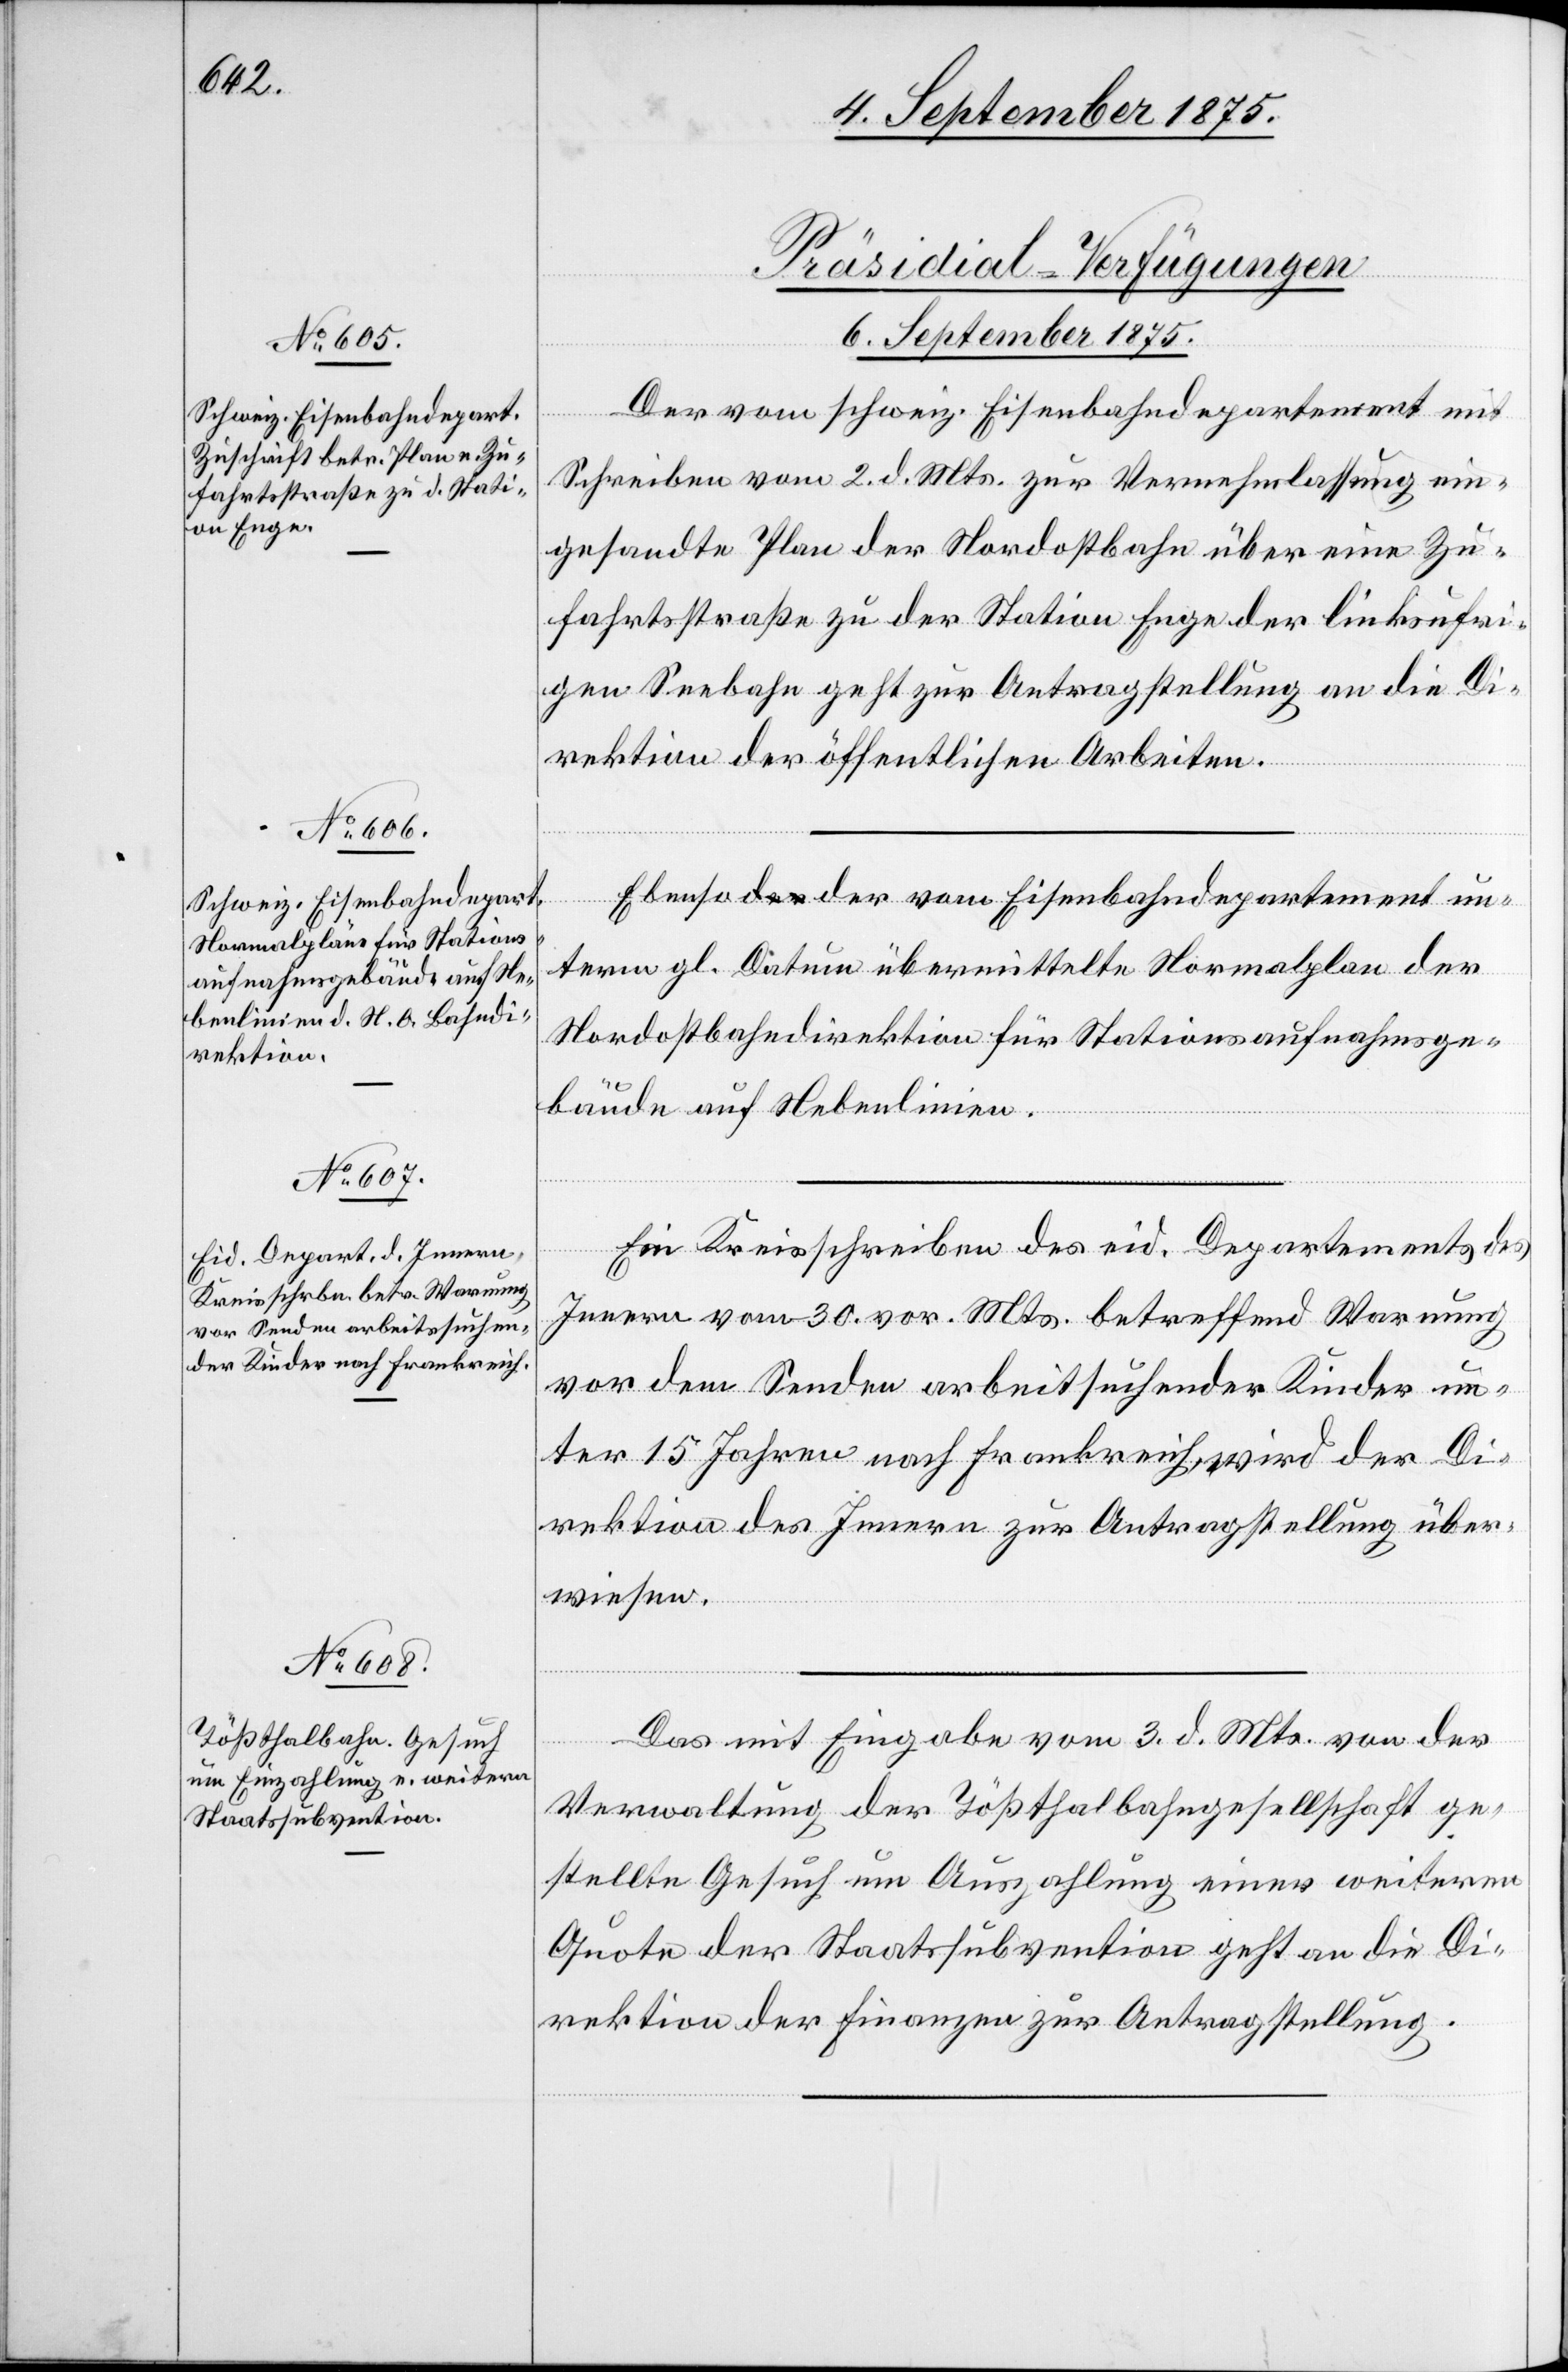
[Präsidial-Verfügungen.
6. September 1875.]
Der vom schweiz. Eisenbahndepartement mit
Schreiben vom 2. d. Mts. zur Vernehmlassung ein¬
gesandte Plan der Nordostbahn über eine Zu¬
fahrtstraße zu der Station Enge der linksufri¬
gen Seebahn geht zur Antragstellung an die Di¬
rektion der öffentlichen Arbeiten.
Ebenso der vom Eisenbahndepartement un¬
term gl. Datum übermittelte Normalplan der
Nordostbahndirektion für Stationsaufnahmsge¬
bäude auf Nebenlinien.
Ein Kreisschreiben des eid. Departements des
innern vom 30. vor. Mts. betreffend Warnung
vor dem Senden arbeitssuchender Kinder un¬
ter 15 Jahren nach Frankreich, wird der Di¬
rektion des Innern zur Antragstellung über¬
wiesen.
Das mit Eingabe vom 3. d. Mts. von der
Verwaltung der Tößthalbahngesellschaft ge¬
stellte Gesuch um Auszahlung einer weiteren
Quote der Staatssubvention geht an die Di¬
rektion der Finanzen zur Antragstellung.